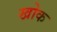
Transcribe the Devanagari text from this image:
खोक